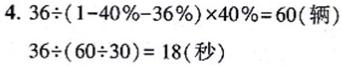
$4.36\div(1 - 40\% - 36\%)\times40\% = 60(\text{辆})$
$36\div(60\div30)=18(\text{秒})$